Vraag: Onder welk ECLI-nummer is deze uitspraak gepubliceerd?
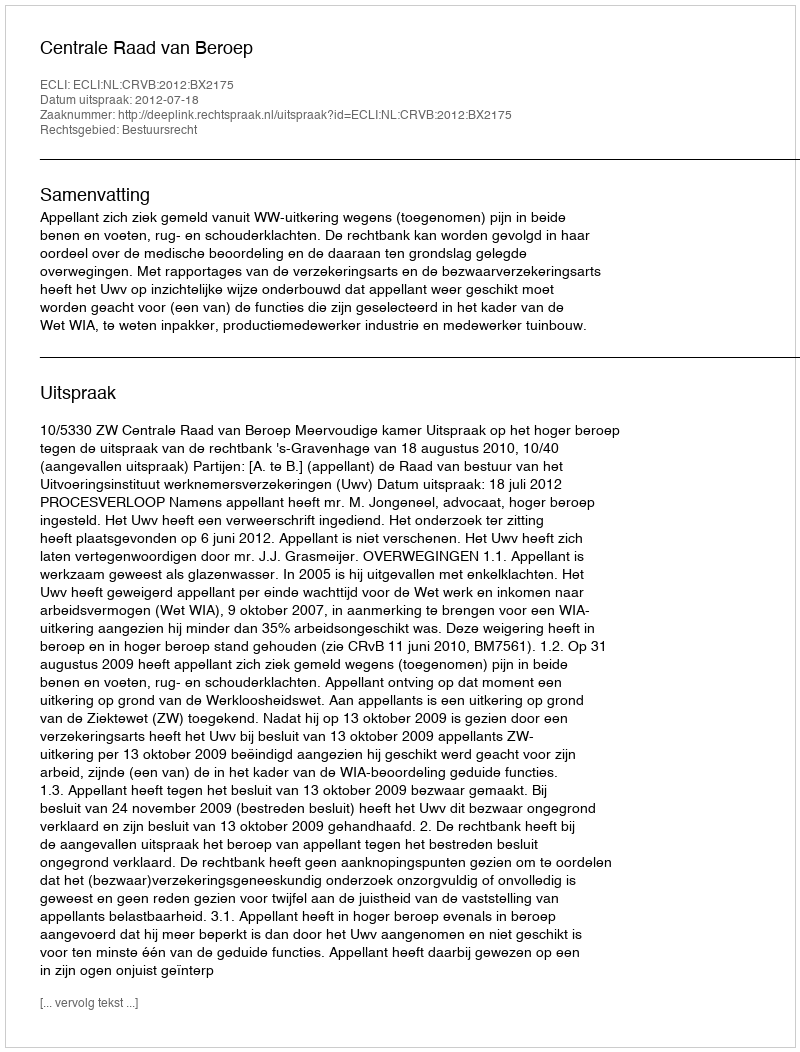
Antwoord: ECLI:NL:CRVB:2012:BX2175